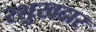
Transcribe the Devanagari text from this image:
रशुखदार